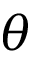
\theta